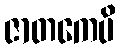
ဇာတကေပိ